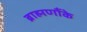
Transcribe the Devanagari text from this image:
ब्राह्मणौंके